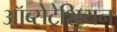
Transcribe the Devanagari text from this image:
ऑब्सेट्रेशियन